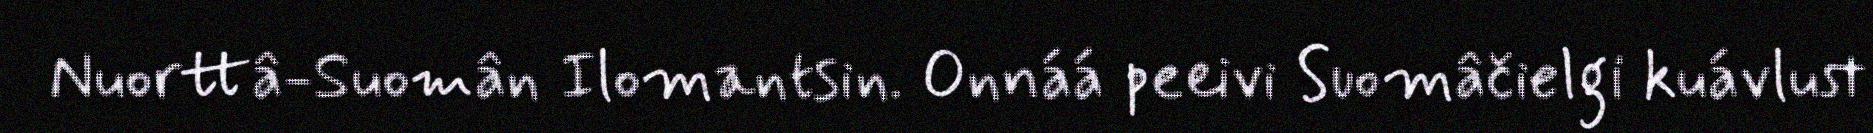
Nuorttâ-Suomân Ilomantsin. Onnáá peeivi Suomâčielgi kuávlust